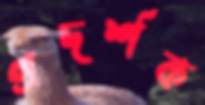
প্রদর্শক